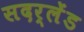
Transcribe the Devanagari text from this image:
सदर्लेंड